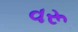
વરૂ